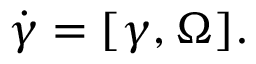
\begin{array} { r } { \dot { \boldsymbol \gamma } = [ { \boldsymbol \gamma } , { \boldsymbol \Omega } ] . } \end{array}